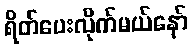
ရိတ်ပေးလိုက်မယ်နော်